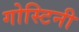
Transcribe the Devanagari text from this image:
गोस्टिनी